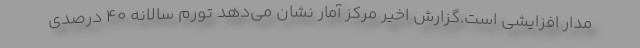
مدار افزايشي است.گزارش اخير مركز آمار نشان مي‌دهد تورم سالانه 40 درصدي